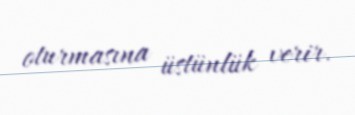
oturmasına üstünlük verir.